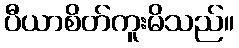
ပီယာစိတ်ကူးမိသည်။